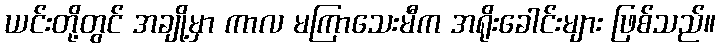
ယင်းတို့တွင် အချို့မှာ ကာလ မကြာသေးမီက အရိုးခေါင်းများ ဖြစ်သည်။